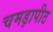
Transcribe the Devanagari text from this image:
चमड़ापीठ